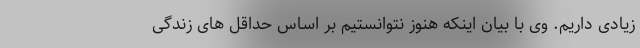
زیادی داریم. وی با بیان اینکه هنوز نتوانستیم بر اساس حداقل های زندگی